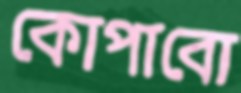
কোপাবো